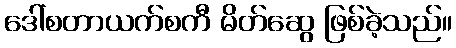
ဒေါ်စတာယက်စကီ မိတ်ဆွေ ဖြစ်ခဲ့သည်။